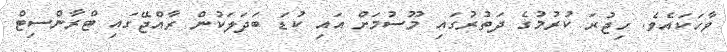
ވާހަކައެވެ. ހިޖުރަ ކުރުމުގެ ދަތުރުގައި މޫސުމަށް އަައި ކުޑަ ބަދަލަކުން ރާއްޖޭގައި ޓްރާންސިޓް